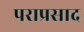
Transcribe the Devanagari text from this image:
पराप्रसाद